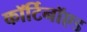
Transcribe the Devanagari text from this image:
कॉर्टिनॉएड